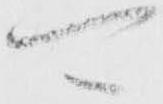
可